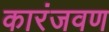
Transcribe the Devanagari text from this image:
कारंजवण